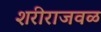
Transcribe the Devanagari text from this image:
शरीराजवळ